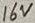
Text: 16V